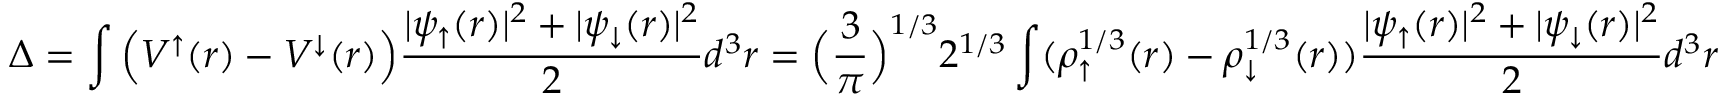
\Delta = \int \Big ( V ^ { \uparrow } ( r ) - V ^ { \downarrow } ( r ) \Big ) \frac { | \psi _ { \uparrow } ( r ) | ^ { 2 } + | \psi _ { \downarrow } ( r ) | ^ { 2 } } { 2 } d ^ { 3 } r = \Big ( \frac { 3 } { \pi } \Big ) ^ { 1 / 3 } 2 ^ { 1 / 3 } \int ( \rho _ { \uparrow } ^ { 1 / 3 } ( r ) - \rho _ { \downarrow } ^ { 1 / 3 } ( r ) ) \frac { | \psi _ { \uparrow } ( r ) | ^ { 2 } + | \psi _ { \downarrow } ( r ) | ^ { 2 } } { 2 } d ^ { 3 } r